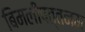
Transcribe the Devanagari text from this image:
बिमलीपत्तनम